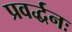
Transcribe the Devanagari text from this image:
प्रवर्द्धनः